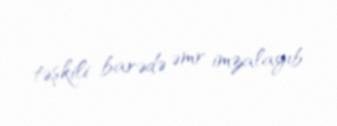
təşkili barədə əmr imzalayıb.